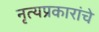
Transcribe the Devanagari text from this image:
नृत्यप्रकारांचे